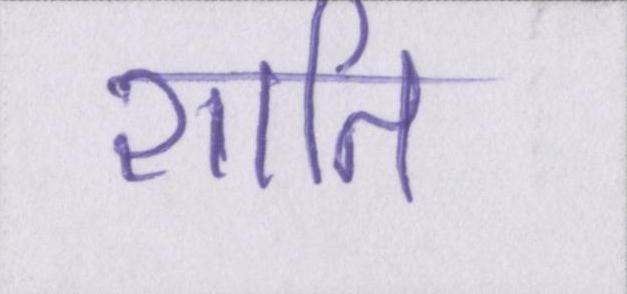
शाति